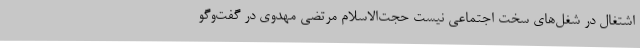
اشتغال در شغل‌های سخت اجتماعی نیست حجت‌الاسلام مرتضی مهدوی در گفت‌وگو